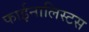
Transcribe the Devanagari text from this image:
फाईनालिस्टस